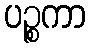
ပဉ္စကာ